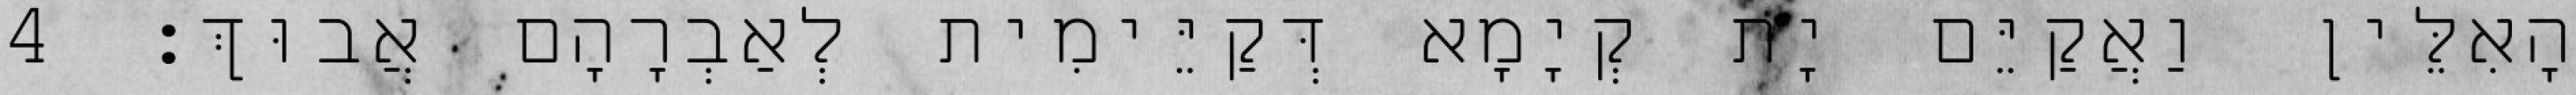
הָאִלֵּין וַאֲקַיֵּם יָת קְיָמָא דְּקַיֵּימִית לְאַבְרָהָם אֲבוּךְ׃ 4